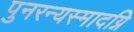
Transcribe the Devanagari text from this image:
पुनरन्यस्मादग्नि